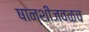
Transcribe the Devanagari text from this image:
षान्शीजवळच